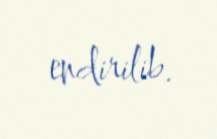
endirilib.